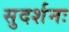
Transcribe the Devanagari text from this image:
सुदर्शनः